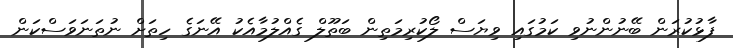
ފާޅުކުރަން ބޭނުންނުވި ކަމުގައި ވިޔަސް ލޯކުރިމަތިން ބަތޫލް ގެއްލުމާއެކު އޭނަގެ ހިތަށް ނުތަނަވަސްކަން